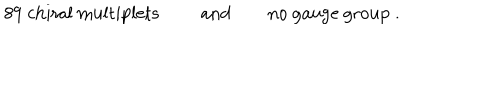
\mathrm { 8 9 ~ c h i r a l ~ m u l t i p l e t s ~ } \qquad \mathrm { a n d } \qquad \mathrm { n o ~ g a u g e ~ g r o u p ~ . }